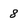
Character: 8